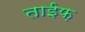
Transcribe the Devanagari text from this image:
ताईफ़